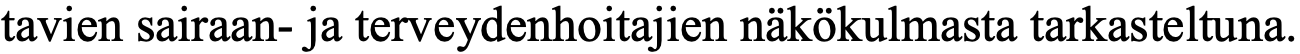
tavien sairaan- ja terveydenhoitajien näkökulmasta tarkasteltuna.